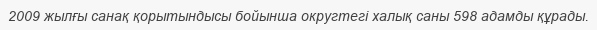
2009 жылғы санақ қорытындысы бойынша округтегі халық саны 598 адамды құрады.